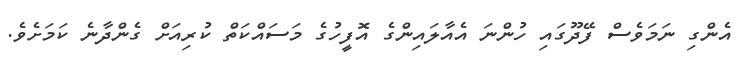
އެންގި ނަމަވެސް ފޭދޫގައި ހުންނަ އެއާލައިންގެ އޮފީހުގެ މަސައްކަތް ކުރިއަށް ގެންދާނެ ކަމަށެވެ.